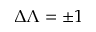
\Delta \Lambda = \pm 1